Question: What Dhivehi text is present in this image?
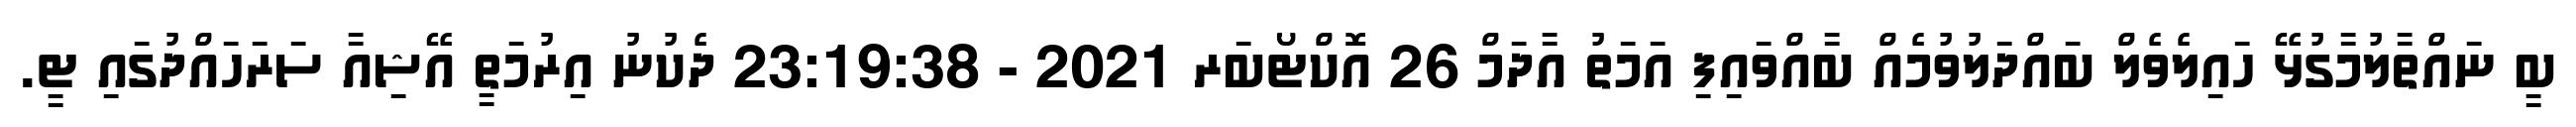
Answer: ބީ ނައްތާލުމާގުޅޭ ހައިލެވެލް ބައްދަލުވުމެއް ބާއްވައިފި އަމަތު އާދަމް 26 އޮކްޓޯބަރ 2021 - 23:19:38 ދެކުނު އިރުމަތީ އޭޝިއާ ސަރަހައްދުގައި ޓީ.